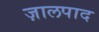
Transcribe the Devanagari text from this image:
ज़ालपाद